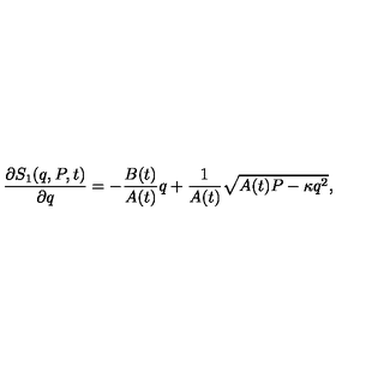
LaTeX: \frac { \partial S _ { 1 } ( q , P , t ) } { \partial q } = - \frac { B ( t ) } { A ( t ) } q + \frac { 1 } { A ( t ) } \sqrt { A ( t ) P - \kappa q ^ { 2 } } ,